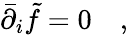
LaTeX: \bar{\partial}_{i}\tilde{f}=0\quad,